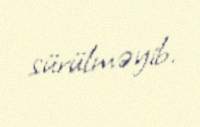
sürülməyib.